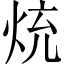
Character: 𭴤